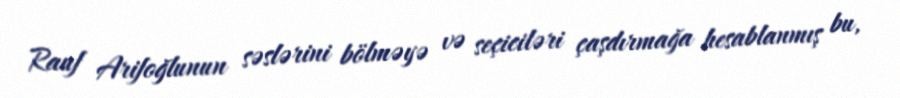
Rauf Arifoğlunun səslərini bölməyə və seçiciləri çaşdırmağa hesablanmış bu,